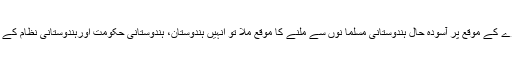
جب بھی مجھے حج عمرے کے موقع پر آسودہ حال ہندوستانی مسلما نوں سے ملنے کا موقع ملا تو انہیں ہندوستان، ہندوستانی حکومت اورہندوستانی نظام کے حق میں رطب اللسان پایا۔